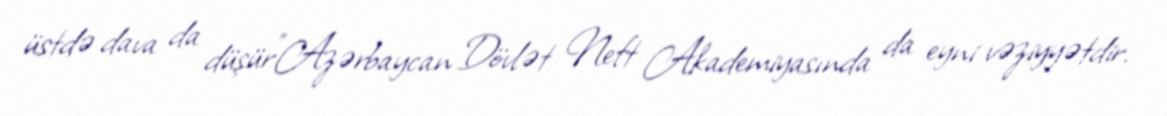
üstdə dava da düşür”Azərbaycan Dövlət Neft Akademiyasında da eyni vəziyyətdir.